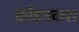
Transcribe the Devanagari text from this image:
कॉइनकस